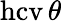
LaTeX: \operatorname{hcv}\theta